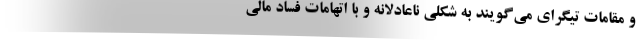
و مقامات تیگرای می‌گویند به شکلی ناعادلانه و با اتهامات فساد مالی